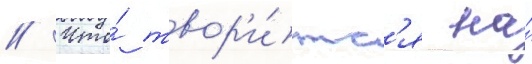
// Что́ твор'и́тс'я на́